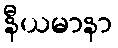
နီယမာနာ